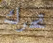
تحرك